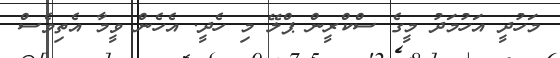
މަހުދީ އަހުމަދު މީގެ ސްކްރީން ޕްލޭ މި ހެދީ. އެހެން ވީމާ އެތިވެސް